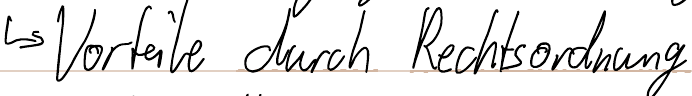
-> Vorteile durch Rechtsordnung